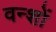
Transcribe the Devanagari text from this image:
वन्शों